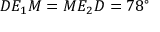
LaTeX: D E _ { 1 } M = M E _ { 2 } D = 7 8 ^ { \circ }